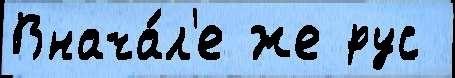
Внача́л'е же рус